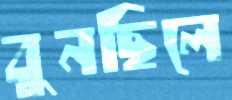
বুনছিলে